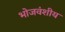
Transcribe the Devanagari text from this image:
भोजवंशीय